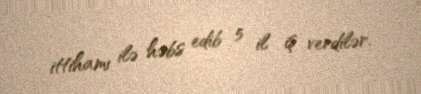
ittihamı ilə həbs edib 5 il iş verdilər.